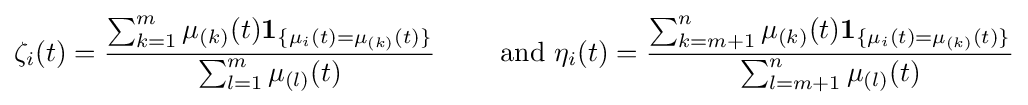
\zeta _{i}(t)={\frac {\sum _{k=1}^{m}\mu _{(k)}(t)\mathbf {1} _{\{\mu _{i}(t)=\mu _{(k)}(t)\}}}{\sum _{l=1}^{m}\mu _{(l)}(t)}}\qquad {\text{ and }}\eta _{i}(t)={\frac {\sum _{k=m+1}^{n}\mu _{(k)}(t)\mathbf {1} _{\{\mu _{i}(t)=\mu _{(k)}(t)\}}}{\sum _{l=m+1}^{n}\mu _{(l)}(t)}}